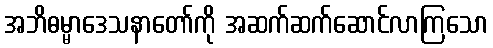
အဘိဓမ္မာဒေသနာတော်ကို အဆက်ဆက်ဆောင်လာကြသော